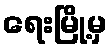
ရေးမြို့မှ